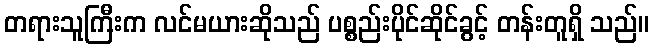
တရားသူကြီးက လင်မယားဆိုသည် ပစ္စည်းပိုင်ဆိုင်ခွင့် တန်းတူရှိ သည်။